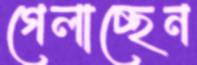
গেলাচ্ছেন